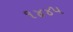
૧૪૪૫